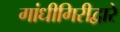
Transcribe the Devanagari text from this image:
गांधीगिरीद्वारे